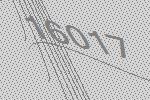
16017